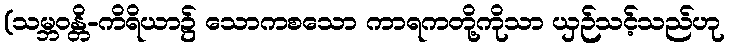
(သမ္ဘဝန္တိ-ကိရိယာ၌ သောကစသော ကာရကတို့ကိုသာ ယှဉ်သင့်သည်ဟု